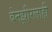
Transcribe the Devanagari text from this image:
बेनझीरलाही